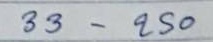
33 - 250